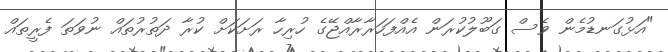
"އަޅުގަނޑުމެން ވެސް ގަބޫލުކުރަން އެއްފަހަރާރާއްޖޭގެ ހުރިހާ ރަށަކަށް ކުރާ ދަތުރުތައް ނުވަތަ ފެރީތައް